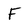
Character: F